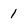
Character: 1